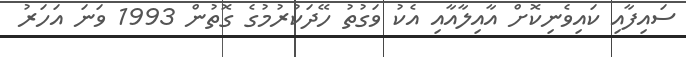
ސައިފާއި ކައިވެނިކޮށް އާއިލާއާއި އެކު ވަގުތު ހޭދަކުރުމުގެ ގޮތުން 1993 ވަނަ އަހަރު